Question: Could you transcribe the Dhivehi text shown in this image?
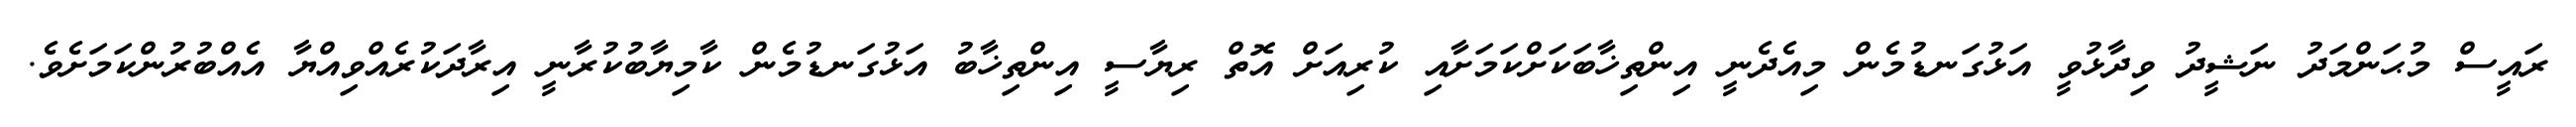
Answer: ރައީސް މުޙަންމަދު ނަޝީދު ވިދާޅުވީ އަޅުގަނޑުމެން މިއެދެނީ އިންތިޚާބަކަށްކަމަށާއި ކުރިއަށް އޮތް ރިޔާސީ އިންތިޚާބު އަޅުގަނޑުމެން ކާމިޔާބުކުރާނީ އިރާދަކުރެއްވިއްޔާ އެއްބުރުންކަމަށެވެ.